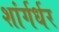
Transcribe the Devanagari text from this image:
शांर्गर्धर